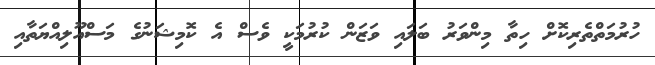
ހުރުމަތްތެރިކޮށް ހިތާ މިންވަރު ބަލައި ވަޒަން ކުރުމަކީ ވެސް އެ ކޮމިޝަނުގެ މަސްއޫލިއްޔަތާއި